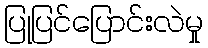
ပြုပြင်ပြောင်းလဲမှု